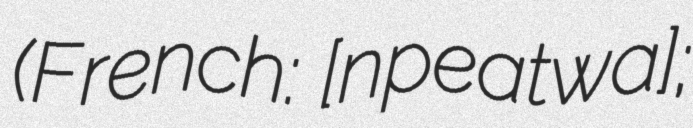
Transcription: (French: [ʃɛn‿ɔpeʁatwaʁ];